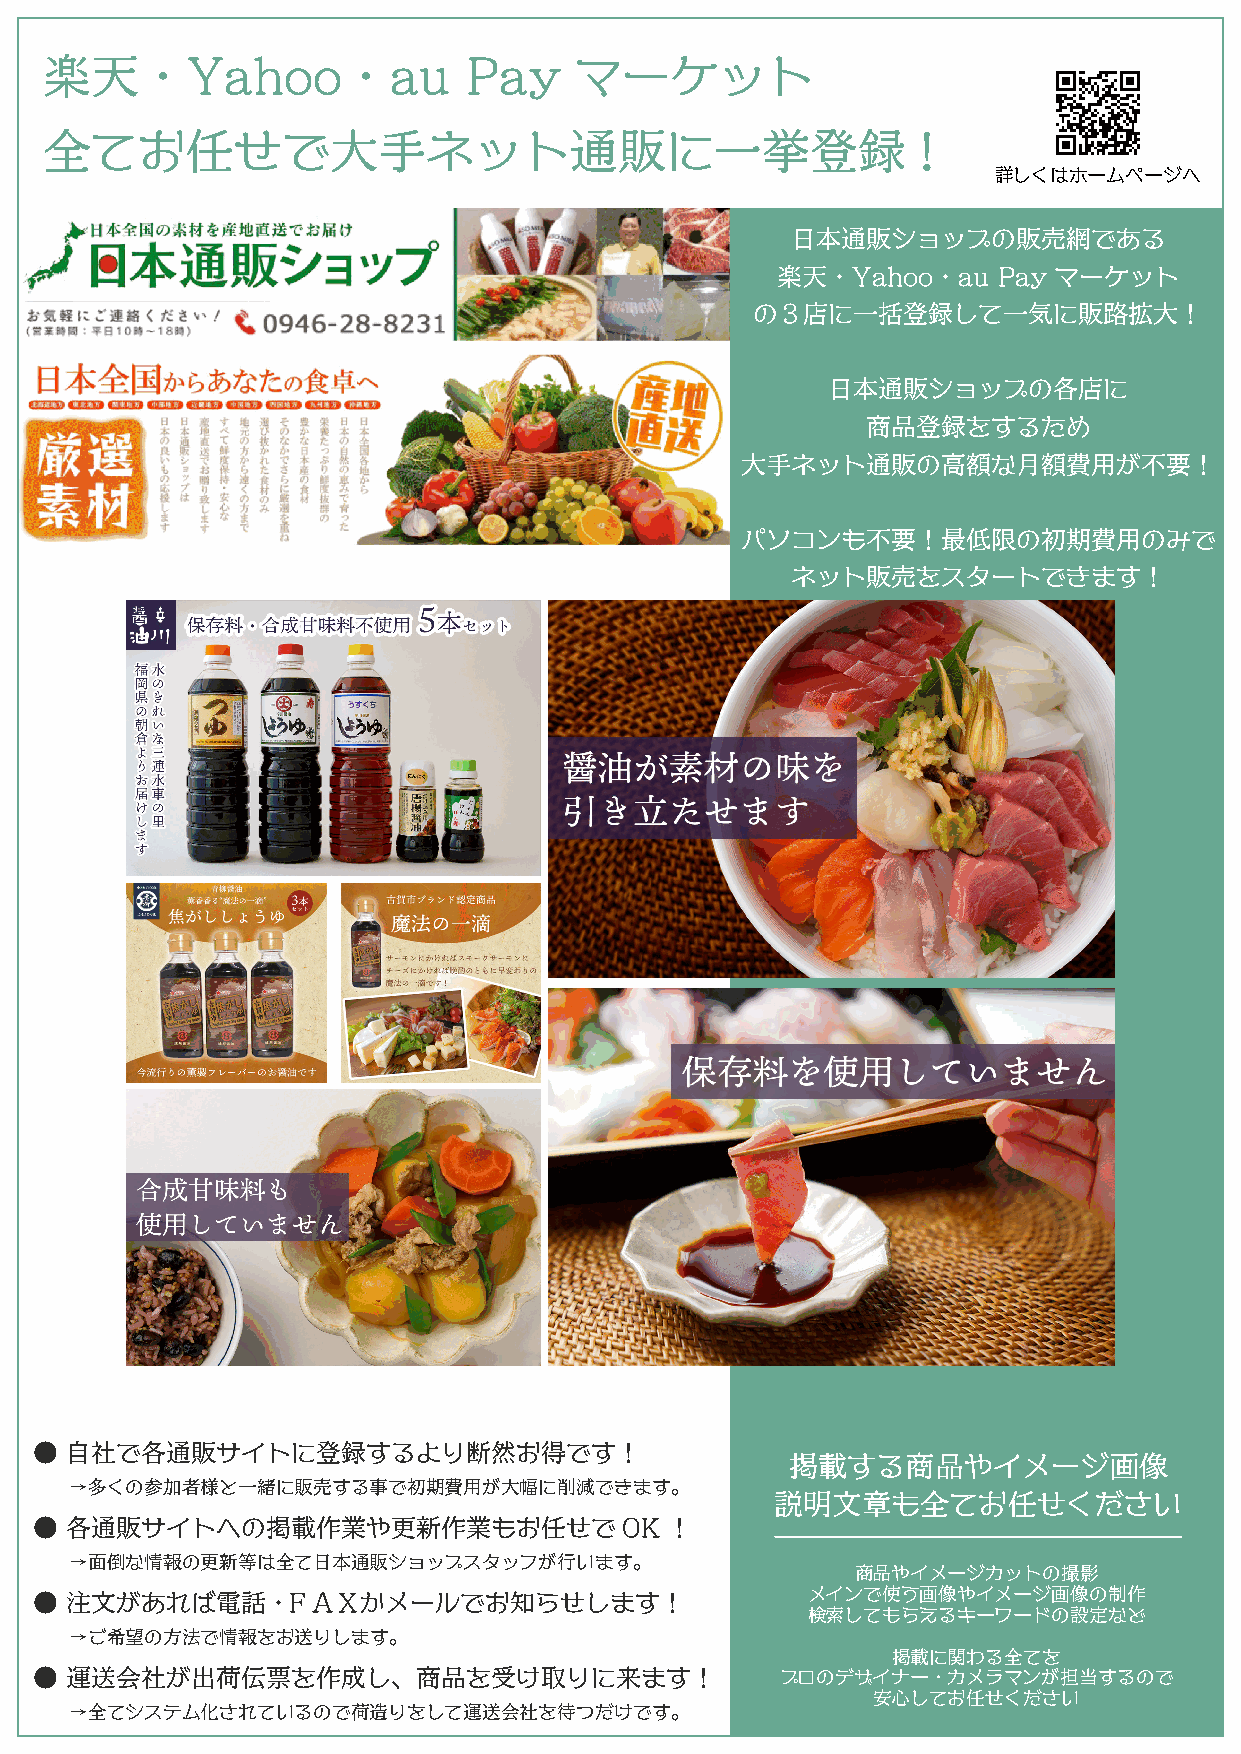
楽天・Yahoo・au                 Pay    マーケット
 全てお任せで大手ネット通販に一挙登録                                        !
 詳しくはホームページへ
 日本通販ショップの販売網である
 楽天・Yahoo・au    Payマーケット
 の３店に一括登録して一気に販路拡大！
 日本通販ショップの各店に
 商品登録をするため
 大手ネット通販の高額な月額費用が不要！
 パソコンも不要！最低限の初期費用のみで
 ネット販売をスタートできます！
 ● 自社で各通販サイトに登録するより断然お得です！
 掲載する商品やイメージ画像
 →多くの参加者様と一緒に販売する事で初期費用が大幅に削減できます。
 説明文章も全てお任せください
 ● 各通販サイトへの掲載作業や更新作業もお任せでOK！
 →面倒な情報の更新等は全て日本通販ショップスタッフが行います。
 商品やイメージカットの撮影
 ● 注文があれば電話・ＦＡＸかメールでお知らせします！                        メインで使う画像やイメージ画像の制作
 検索してもらえるキーワードの設定など
 →ご希望の方法で情報をお送りします。
 掲載に関わる全てを
 ● 運送会社が出荷伝票を作成し、商品を受け取りに来ます！                      プロのデザイナー・カメラマンが担当するので
 安心してお任せください
 →全てシステム化されているので荷造りをして運送会社を待つだけです。